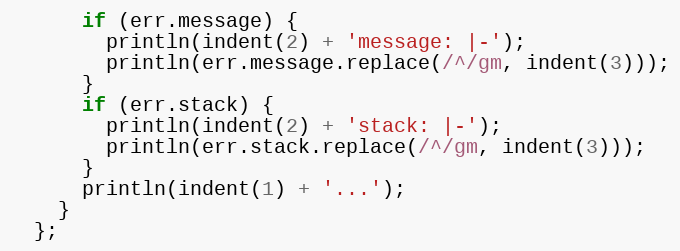
Language: JavaScript
      if (err.message) {
        println(indent(2) + 'message: |-');
        println(err.message.replace(/^/gm, indent(3)));
      }
      if (err.stack) {
        println(indent(2) + 'stack: |-');
        println(err.stack.replace(/^/gm, indent(3)));
      }
      println(indent(1) + '...');
    }
  };